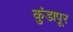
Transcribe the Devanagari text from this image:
कुंडापूर